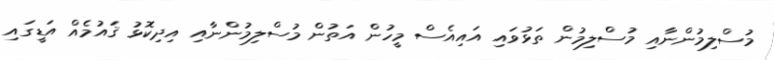
މުސްލިމުންނާއި މުސްލިމުން ތަޅުވައި އައިއެސް މީހުން އަތުން މުސްލިމުންނާއި އިދިކޮޅު ޤައުމެއް އަޑީގައި